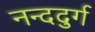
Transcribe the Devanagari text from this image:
नन्ददुर्ग